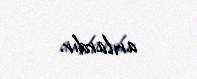
arılardır.